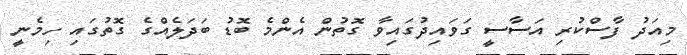
މިއަދު ފާސްކުރި އަސާސީ ގަވައިދުގައިވާ ގޮތުން އެންމެ ބޮޑު ބަދަލެއްގެ ގޮތުގައި ހިމެނީ